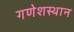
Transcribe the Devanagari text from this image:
गणेशस्थान